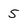
Character: 5